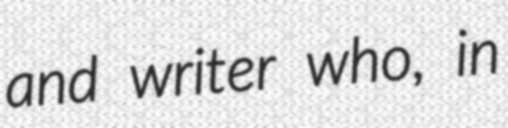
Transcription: and writer who, in